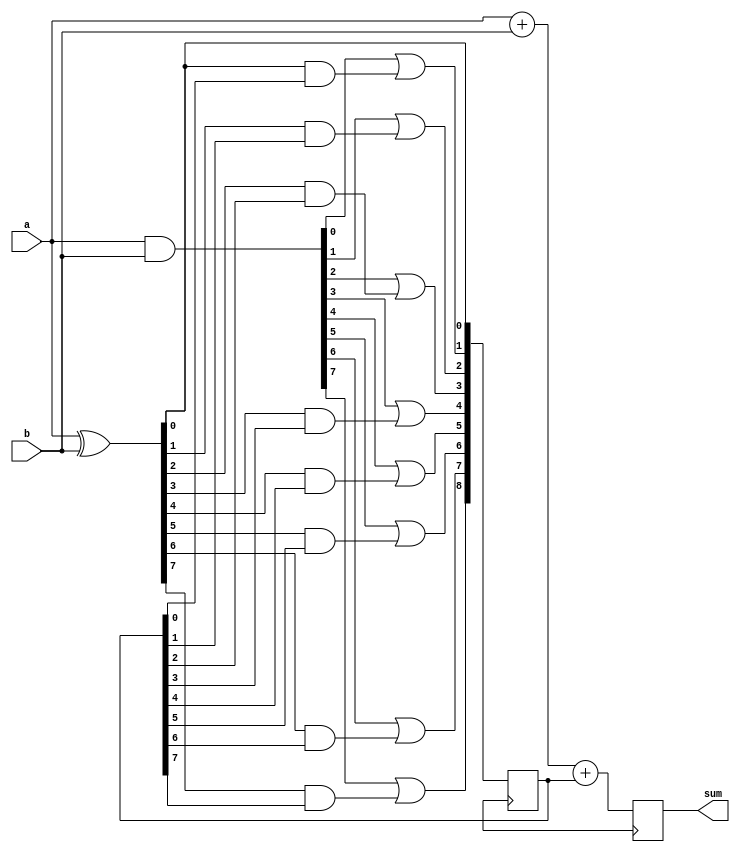
module brent_kung_adder (
    input [7:0] a,
    input [7:0] b,
    output reg [8:0] sum
);

reg [7:0] p, g;
reg [8:0] c, c_next;

assign p = a ^ b;
assign g = a & b;

always @(*) begin
    c_next[0] = p[0];
    c_next[1] = g[0] | (p[0] & c[0]);
    c_next[2] = g[1] | (p[1] & c[1]);
    c_next[3] = g[2] | (p[2] & c[2]);
    c_next[4] = g[3] | (p[3] & c[3]);
    c_next[5] = g[4] | (p[4] & c[4]);
    c_next[6] = g[5] | (p[5] & c[5]);
    c_next[7] = g[6] | (p[6] & c[6]);
    c_next[8] = g[7] | (p[7] & c[7]);
end

always @(posedge clk) begin
    c <= c_next;
    sum <= a + b + c;
end

endmodule